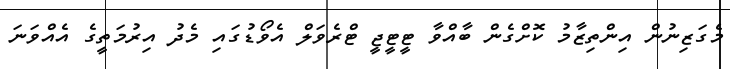
މެގަޒިނުން އިންތިޒާމު ކޮށްގެން ބާއްވާ ޓީޓީޖީ ޓްރެވަލް އެވޯޑުގައި މެދު އިރުމަތީގެ އެއްވަނަ